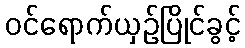
ဝင်ရောက်ယှဉ်ပြိုင်ခွင့်